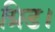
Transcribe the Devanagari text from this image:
ग्रिड।